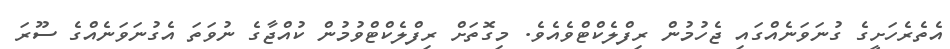
އެތެރެހަށީގެ ގުނަވަނެއްގައި ޖެހުމުން ރިފްލެކްޓްވެއެވެ. މިގޮތަށް ރިފްލެކްޓްވުމުން ކުއްޖާގެ ނުވަތަ އެގުނަވަނެއްގެ ސޫރަ